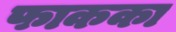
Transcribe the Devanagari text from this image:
फाकका